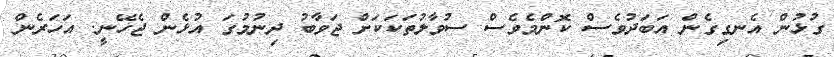
ގުޅުން އެނގިގެން އަބަދުވެސް ކޮންމެވެސް ސުވާލުތަކަކަށް ޖަވާބު ދިނުމުގަ އުޅެން ޖެހޭނީ. އަހަރެން